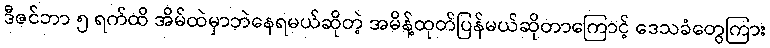
ဒီဇင်ဘာ ၅ ရက်ထိ အိမ်ထဲမှာဘဲနေရမယ်ဆိုတဲ့ အမိန့်ထုတ်ပြန်မယ်ဆိုတာကြောင့် ဒေသခံတွေကြား